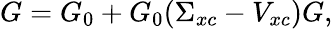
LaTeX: G=G_{0}+G_{0}(\Sigma_{xc}-V_{xc})G,